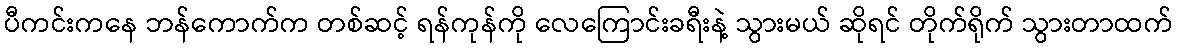
ပီကင်းကနေ ဘန်ကောက်က တစ်ဆင့် ရန်ကုန်ကို လေကြောင်းခရီးနဲ့ သွားမယ် ဆိုရင် တိုက်ရိုက် သွားတာထက်